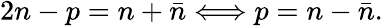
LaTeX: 2n-p=n+\bar{n}\Longleftrightarrow p=n-\bar{n}.